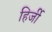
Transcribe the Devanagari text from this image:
हिर्जी